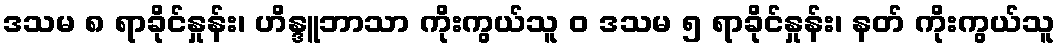
ဒသမ ၈ ရာခိုင်နှုန်း၊ ဟိန္ဒူဘာသာ ကိုးကွယ်သူ ဝ ဒသမ ၅ ရာခိုင်နှုန်း၊ နတ် ကိုးကွယ်သူ